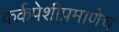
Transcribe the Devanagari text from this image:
कर्कपेशीप्रमाणेच